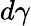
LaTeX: d\gamma